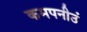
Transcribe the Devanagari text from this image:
कमपनीउं